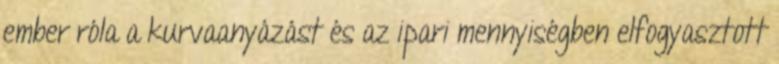
ember róla a kurvaanyázást és az ipari mennyiségben elfogyasztott